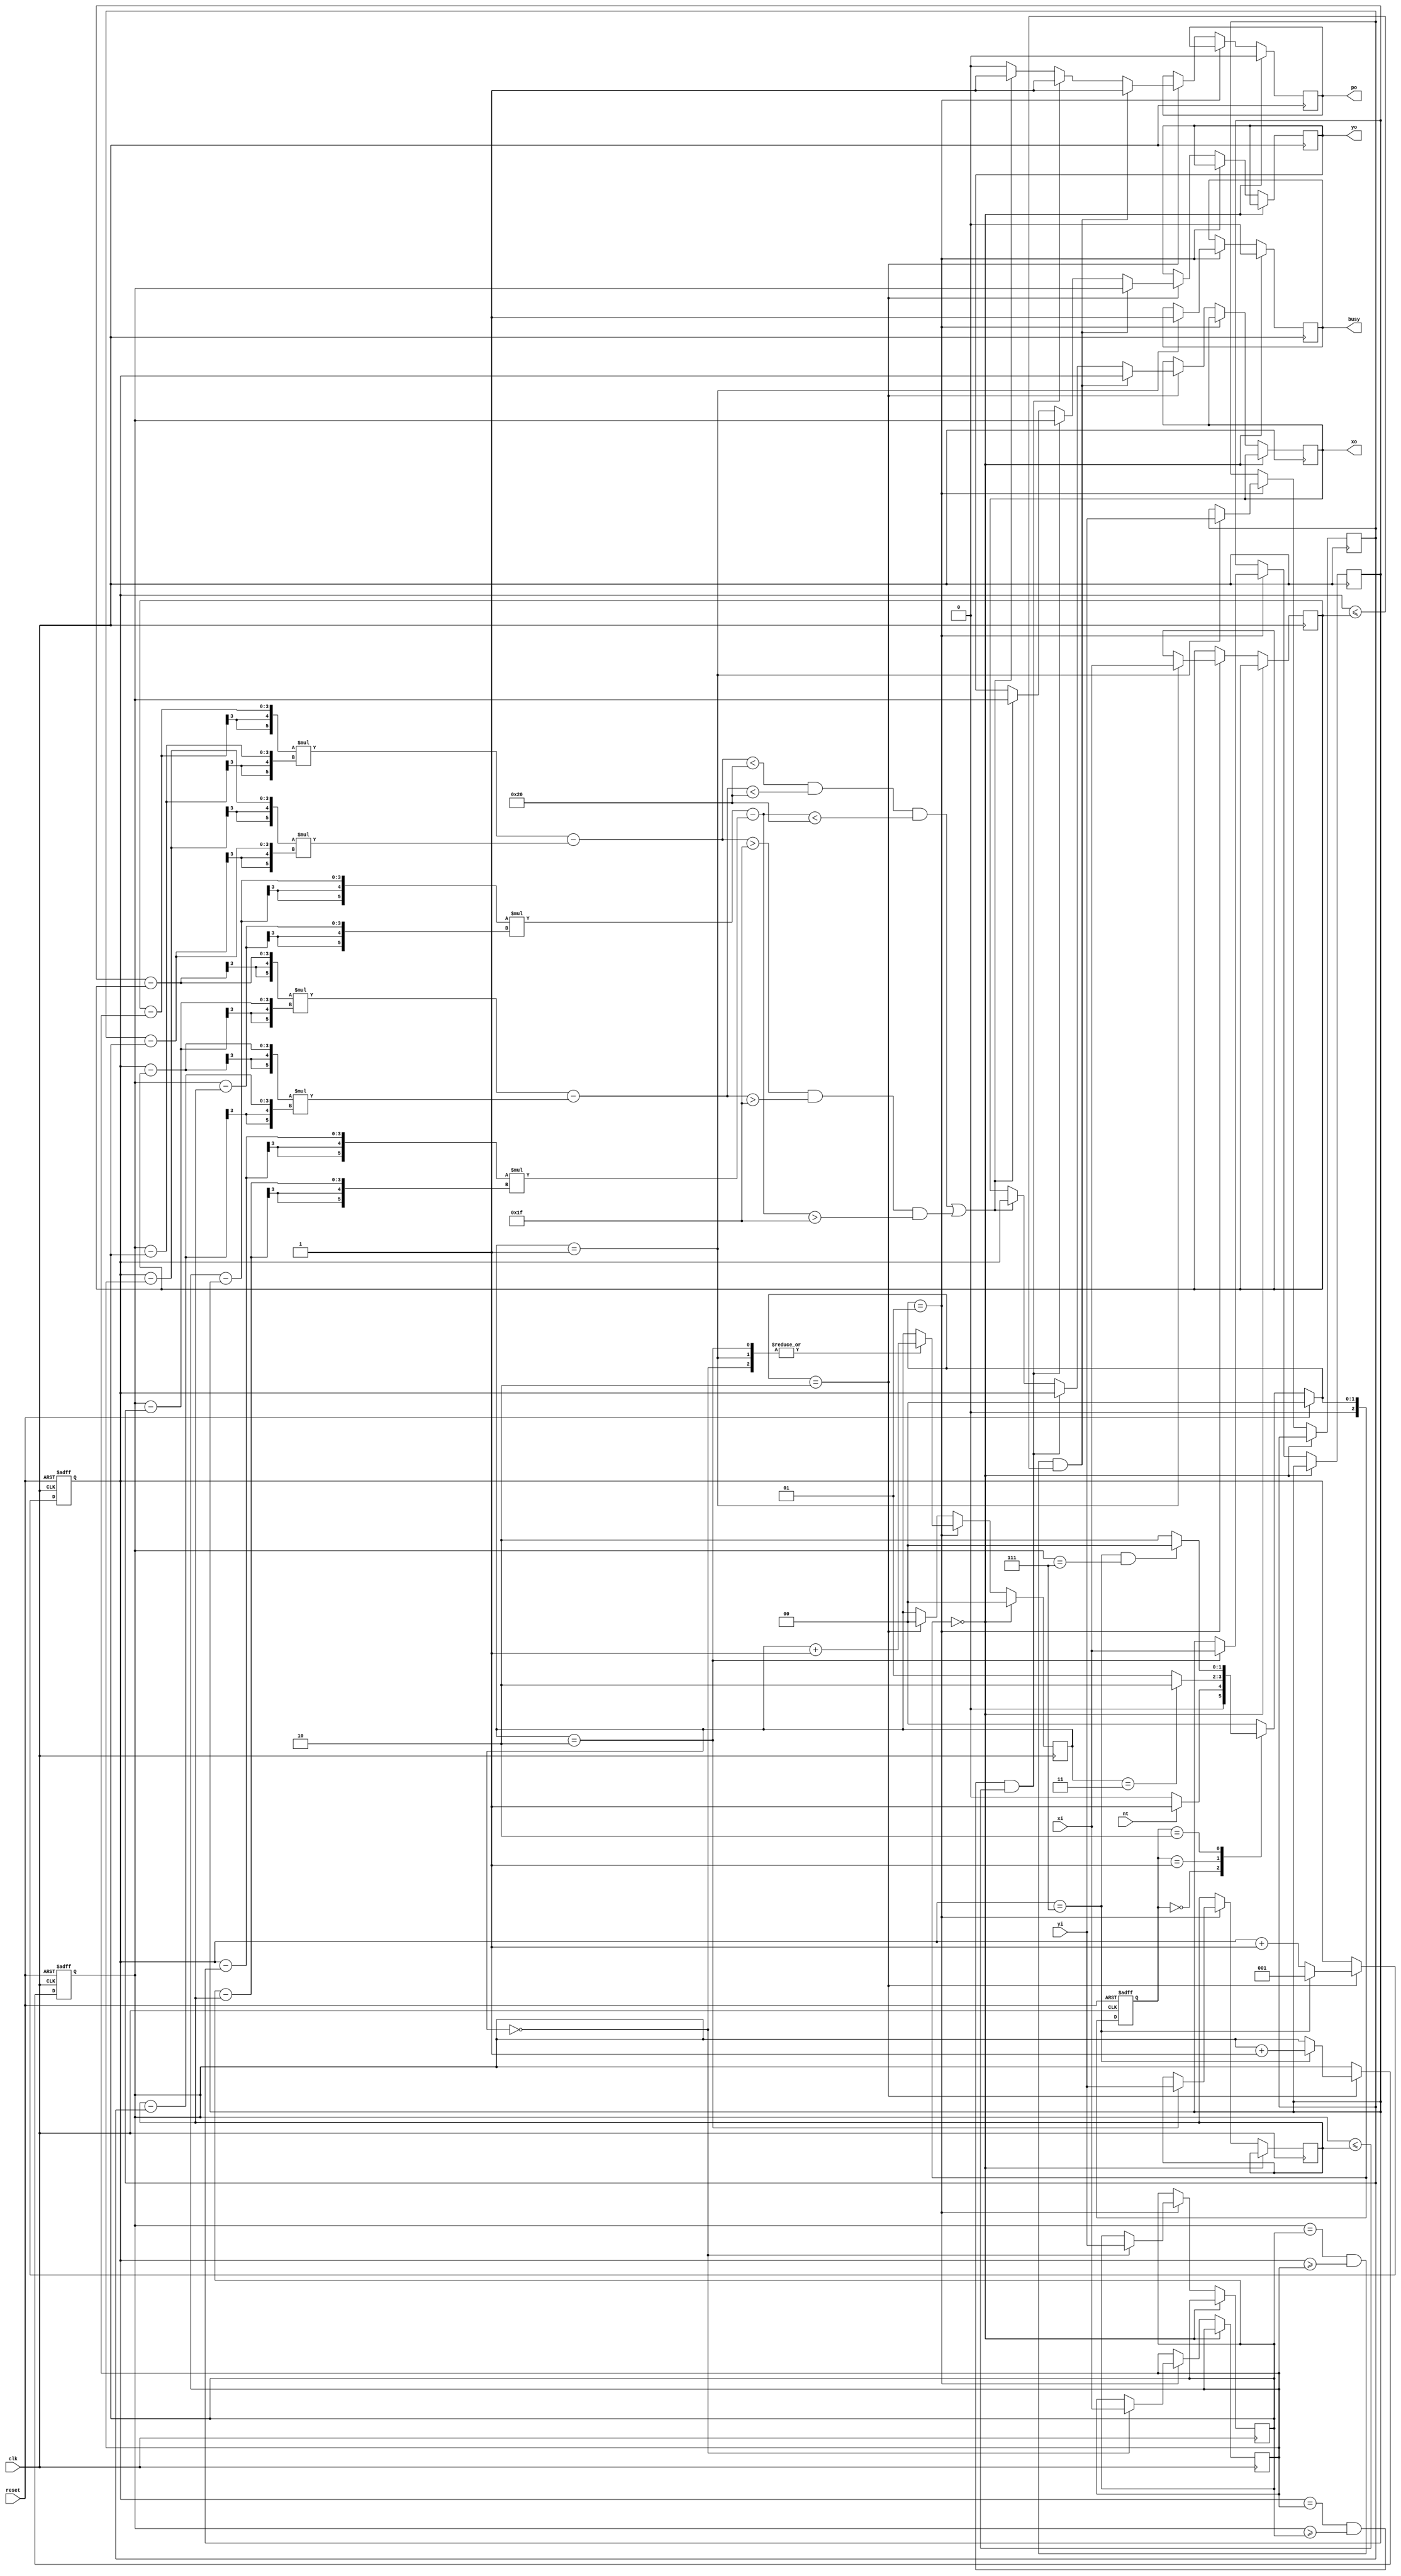
module triangle (clk, reset, nt, xi, yi, busy, po, xo, yo);
    input clk, reset, nt;
    input [2:0] xi, yi;
    output reg busy, po;
    output reg [2:0] xo, yo;

reg [2:0]state, next_state;
parameter IDLE = 3'd0,
	  READ = 3'd1,
	  CAL_OUT = 3'd2;

reg [2:0] x1, y1, x2, y2, x3, y3;
reg [1:0] counter;
reg [2:0] x, y;
reg [1:0] mode;

wire [5:0] to12, to23, to31;

assign to12 = (x2 - x1) * (y - y1) - (x - x1) * (y2 - y1);
assign to23 = (x3 - x2) * (y - y2) - (x - x2) * (y3 - y2);
assign to31 = (x1 - x3) * (y - y3) - (x - x3) * (y1 - y3);


always@(posedge clk or posedge reset)begin
    if(reset)
        state <= IDLE;
    else 
        state <= next_state;
end

always@(*)begin
    if(reset)
        next_state = IDLE;
    else begin
        case(state)
            IDLE:
                if(nt == 1)next_state = READ;
                else next_state = IDLE;
            READ:begin
                if(counter == 3) next_state = CAL_OUT;
                else next_state = READ;  
            end
            CAL_OUT:begin
                if(x == 7 && y == 7) next_state = IDLE;
                else next_state = CAL_OUT;
            end 
            default:    next_state = IDLE;
        endcase
    end 
end


//DATA INPUT
always@(posedge clk)begin
  if(next_state == IDLE)begin
    busy <= 0;
    counter <= 0;
    po <= 0;
    mode <= 0;
  end
  else if(next_state == READ)begin
    case(counter)
      0:begin
        x1 <= xi;
        y1 <= yi;
        counter <= counter + 1;
      end
      1:begin
        x2 <= xi;
        y2 <= yi;
        counter <= counter + 1;
        busy <= 1;
      end
      2:begin
        x3 <= xi;
        y3 <= yi;
        counter <= counter + 1;
      end
    endcase
  end
  else if(next_state == CAL_OUT)begin
    counter <= 0;
    if(y == y1 && x >= x1 && x <= x2)begin
      po <= 1;
      xo <= x;
      yo <= y;
      mode <= 1;
    end
    else if(x == x1 && y >= y1 && y <= y3)begin
      po <= 1;
      xo <= x;
      yo <= y;
      mode <= 2;
    end
    else if((to12 < 6'd32 && to23 < 6'd32 && to31 < 6'd32) || (to12 > 6'd31 && to23 > 6'd31 && to31 > 6'd31))begin
      po <= 1;
      xo <= x;
      yo <= y;
      mode <= 3;
    end
    else po <= 0;
  end
end


//INDEX
always@(posedge clk or posedge reset)begin
  if(reset)begin
    x <= 1;
    y <= 1;
  end
  else if(next_state == CAL_OUT)begin
    if(x == 7)begin
      y <= y + 1;
      x <= 1;
    end
    else
      x <= x + 1;
  end
end    

endmodule